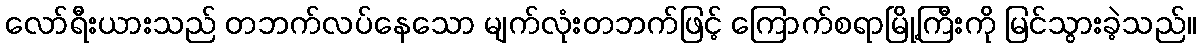
လော်ရီးယားသည် တဘက်လပ်နေသော မျက်လုံးတဘက်ဖြင့် ကြောက်စရာမြို့ကြီးကို မြင်သွားခဲ့သည်။